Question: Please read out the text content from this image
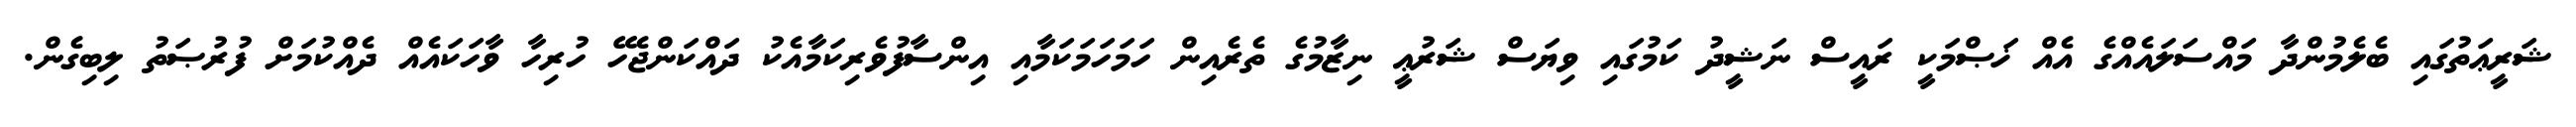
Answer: ޝަރީޢަތުގައި ބެލެމުންދާ މައްސަލައެއްގެ އެއް ޚަޞްމަކީ ރައީސް ނަޝީދު ކަމުގައި ވިޔަސް ޝަރުޢީ ނިޒާމުގެ ތެރެއިން ހަމަހަމަކަމާއި އިންސާފުވެރިކަމާއެކު ދައްކަންޖެހޭ ހުރިހާ ވާހަކައެއް ދެއްކުމަށް ފުރުޞަތު ލިބިގެން.